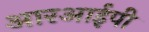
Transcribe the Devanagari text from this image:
आरआईपी